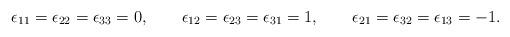
LaTeX: \begin{align*}\epsilon_{11}=\epsilon_{22}=\epsilon_{33}=0,\qquad\epsilon_{12}=\epsilon_{23}=\epsilon_{31}=1,\qquad \epsilon_{21}=\epsilon_{32}=\epsilon_{13}=-1.\end{align*}